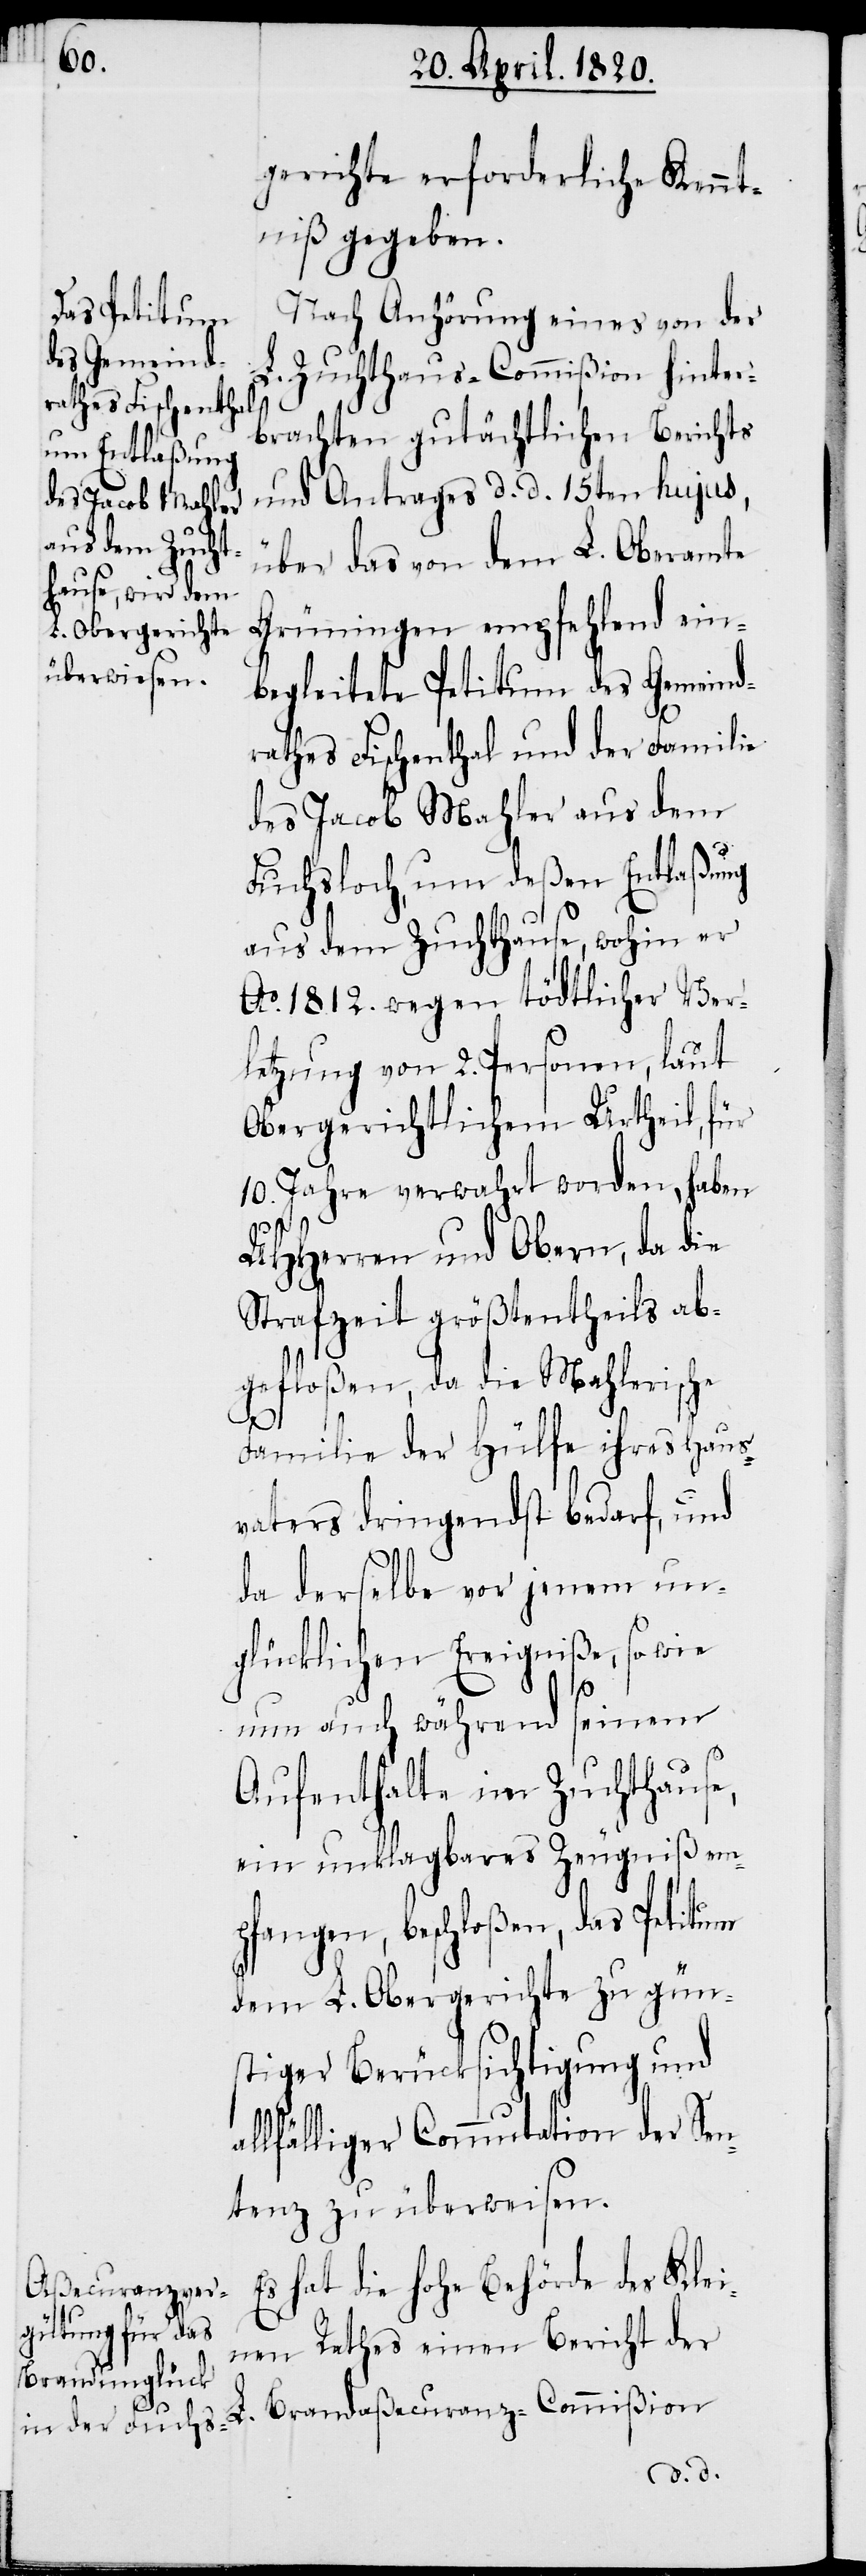
L. Obergerichte

gerichte erforderliche Kennt¬
niβ gegeben.
Nach Anhörung eines von der
L. Zuchthaus-Commiβion hinter¬
brachten gutächtlichen Berichts
und Antrages d. d. 15ten hujus,
über das von dem L. Oberamte
Grüningen empfehlend ein¬
begeleitete Petitum des Gemeind¬
rathes Fischenthal und der Familie
des Jacob Mahler aus dem
Fuchsloch, um deβen Entlaβung
aus dem Zuchthause, wohin er
Ao. 1812 wegen tödtlicher Ver¬
letzung von 2. Personen, laut
Obergerichtlichem Urtheil für
10. Jahre verwahrt worden, haben
UHHerren und Obern, da die
Strafzeit gröβtentheils ab¬
gefloβen, da die Mahlerische
gün¬
Familie der Hülfe ihres Haus¬
vaters dringendst bedarf, und
da derselbe vor jenem un¬
glücklichen Ereigniβe, sowie
um auch während seinem
Aufenthalte im Zuchthause,
ein unklagbares Zeugniβ em¬
pfangen, beschloβen, das Petitum
stiger Berücksichtigung und
allfälliger Commutation der Sen¬
tanz zu überweisen.
Es hat die Hohe Behörde des Klei¬
nen Rathes einen Bericht der
L. Brandaβecuranz-Commiβion